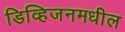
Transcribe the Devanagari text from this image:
डिव्हिजनमधील